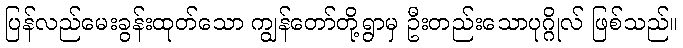
ပြန်လည်မေးခွန်းထုတ်သော ကျွန်တော်တို့ရွာမှ ဦးတည်းသောပုဂ္ဂိုလ် ဖြစ်သည်။